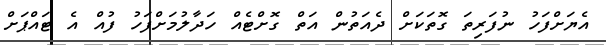
އެޔަށްފަހު ނުފަރިތަ ގޮތަކަށް ދެއަތުން އަތް ގޮށްޓެއް ހަދާލުމަށްފަހު ފުއް އެ ޓައްޕަށް